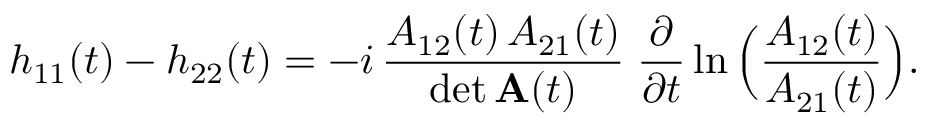
h _ { 1 1 } ( t ) - h _ { 2 2 } ( t ) = - i \, \frac { A _ { 1 2 } ( t ) \, A _ { 2 1 } ( t ) } { \operatorname * { d e t } { \bf A } ( t ) } \; \frac { \partial } { \partial t } \ln \Big ( \frac { A _ { 1 2 } ( t ) } { A _ { 2 1 } ( t ) } \Big ) .